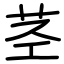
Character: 茎